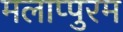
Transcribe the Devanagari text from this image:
मलाप्पुरम